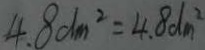
4 . 8 d m ^ { 2 } = 4 . 8 d m ^ { 2 }